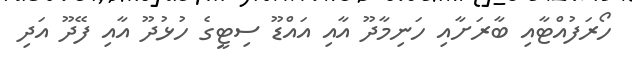
ހޯރަފުއްޓާއި ބާރަށާއި ހަނިމާދޫ އާއި އައްޑޫ ސިޓީގެ ހުޅުދޫ އާއި ފޭދޫ އަދި